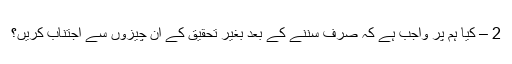
2 – کیا ہم پر واجب ہے کہ صرف سننے کے بعد بغیر تحقیق کے ان چیزوں سے اجتناب کریں؟